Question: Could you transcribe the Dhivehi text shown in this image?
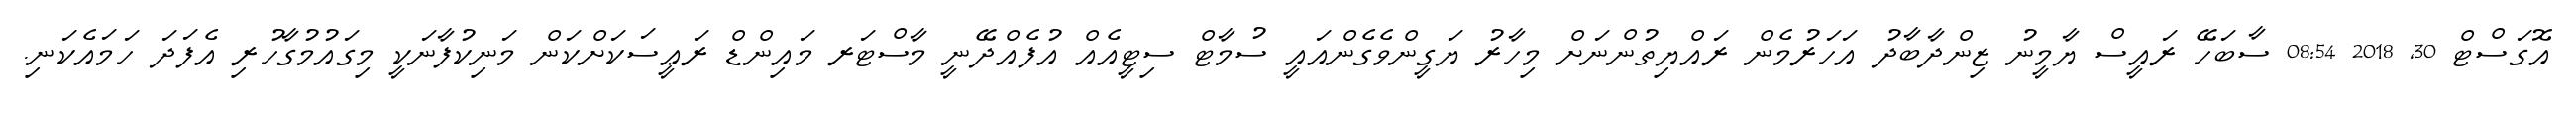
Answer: އޮގަސްޓް 30, 2018 08:54 ސާބަހޭ ރައީސް ޔާމީނު ޒިންދާބާދު އަހަރުމެން ރައްޔިތުންނަށް މިހާރު ޔަގީންވެގެންއައީ ސުމާޓް ސިޓީއެއް އުފެއްދޭނީ މާސްޓަރ މައިންޑް ރަޢީސަކަށްކަން މަނިކުފާނަކީ މިގައުމުގާހުރި އެފަދަ ހަމައެކަނި.